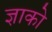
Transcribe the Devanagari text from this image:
ज्ञाको